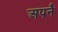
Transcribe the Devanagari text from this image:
अपनै